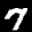
Label: 7